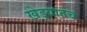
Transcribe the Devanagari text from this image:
खेड्यातच